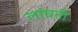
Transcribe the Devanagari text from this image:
लांघती